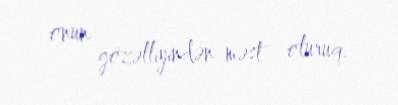
onun gözəlliyindən məst oluruq.